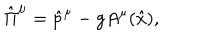
\hat { \Pi } ^ { \mu } = \hat { p } ^ { \mu } - g A ^ { \mu } ( \hat { x } ) ,